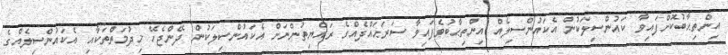
އިންތިޙާބުކޮށްފައިވާ ކައުންސިލަކުން އެކައުންސިލެއް އިންތިޙާބުވެފައިވާ ސަރަޙައްދެއްގެ ރައްޔިތުންނަށް އެކައުންސިލަކުން ދޭންޖެހޭ ޚިދުމަތްތަކާއި އެކައުންސިލެއްގެ